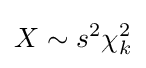
X\sim s^{2}\chi _{k}^{2}